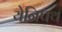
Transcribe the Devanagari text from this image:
येनिपथ